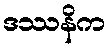
ဒဿနိက